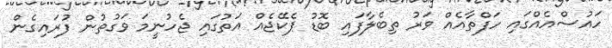
ހައުސްއެއްގައި ހަފްތާއެއް ވަރު ތިބެލާފައި ބޮޑު ޕެކޭޖެއް އަތުގައި ޖެހުނީމަ ވަގުތުން ފުރައިގެން